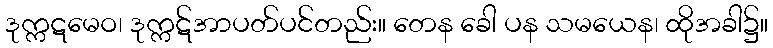
ဒုက္ကဋမေဝ၊ ဒုက္ကဋ်အာပတ်ပင်တည်း။ တေန ခေါ ပန သမယေန၊ ထိုအခါ၌။